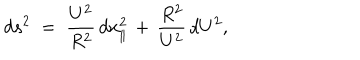
LaTeX: d s ^ { 2 } \; = \; \frac { U ^ { 2 } } { R ^ { 2 } } \, d x _ { \parallel } ^ { 2 } \, + \, \frac { R ^ { 2 } } { U ^ { 2 } } \, d U ^ { 2 } ,